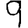
Digit: 9